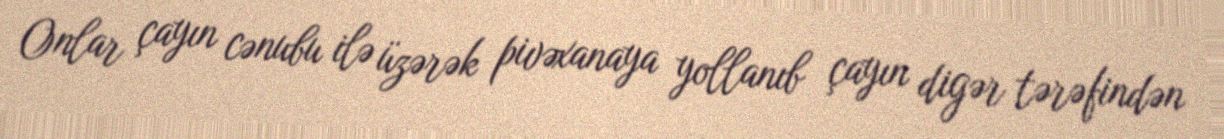
Onlar çayın cənubu ilə üzərək pivəxanaya yollanıb çayın digər tərəfindən